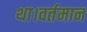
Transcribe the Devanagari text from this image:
था।वर्तमान